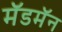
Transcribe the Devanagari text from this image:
मॅडमॅन